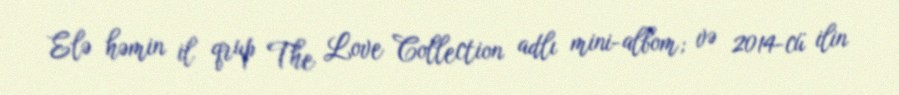
Elə həmin il qrup The Love Collection adlı mini-albom; və 2014-cü ilin